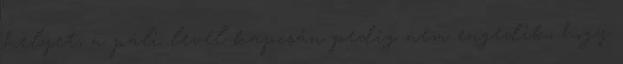
helyet, a páli levél kapcsán pedig nem engedik, hogy